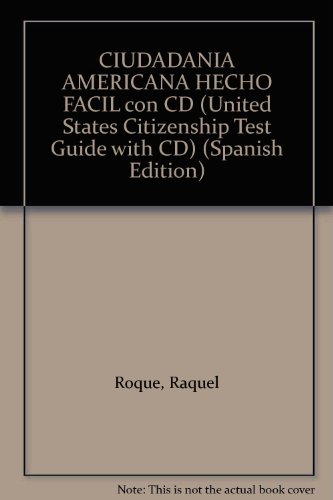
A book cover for CIUDADANIA AMERICANA HECHO FACIL con CD (United States Citizenship Test Guide with CD) (Spanish Edition); Raquel Roque; Test Preparation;